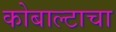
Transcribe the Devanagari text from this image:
कोबाल्टाचा